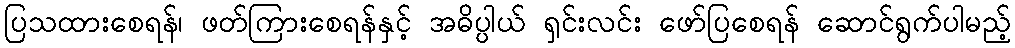
ပြသထားစေရန်၊ ဖတ်ကြားစေရန်နှင့် အဓိပ္ပါယ် ရှင်းလင်း ဖော်ပြစေရန် ဆောင်ရွက်ပါမည့်